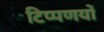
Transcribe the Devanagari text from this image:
टिप्पणयों